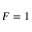
F = 1